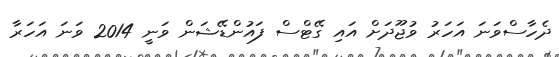
ދެހާސްވަނަ އަހަރު ވުޖޫދަށް އައި ގޭޓްސް ފައުންޑޭޝަން ވަނީ 2014 ވަނަ އަހަރާ